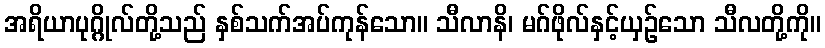
အရိယာပုဂ္ဂိုလ်တို့သည် နှစ်သက်အပ်ကုန်သော။ သီလာနိ၊ မဂ်ဖိုလ်နှင့်ယှဉ်သော သီလတို့ကို။